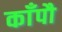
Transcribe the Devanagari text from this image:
काँपौ